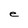
Character: e